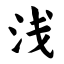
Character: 浅